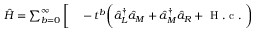
\begin{array} { r l } { \hat { H } = \sum _ { b = 0 } ^ { \infty } \bigg [ } & { { } - t ^ { b } \bigg ( \hat { a } _ { L } ^ { \dagger } \hat { a } _ { M } + \hat { a } _ { M } ^ { \dagger } \hat { a } _ { R } + \mathrm { ~ H ~ . ~ c ~ . ~ } \bigg ) } \end{array}